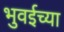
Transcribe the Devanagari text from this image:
भुवईच्या